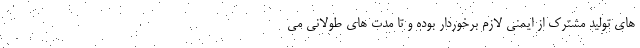
های تولید مشترک از ایمنی لازم برخوردار بوده و تا مدت های طولانی می